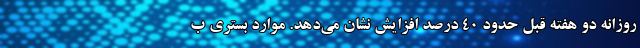
روزانه دو هفته قبل حدود ۴۰ درصد افزایش نشان می‌دهد. موارد بستری ب